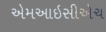
એમઆઇસીએચ